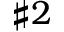
\sharp 2